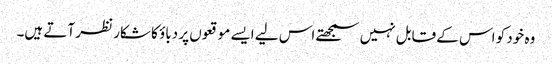
وہ خود کو اس کے قابل نہیں سمجھتے اس لیے ایسے موقعوں پر دباؤ کا شکار نظر آتے ہیں۔